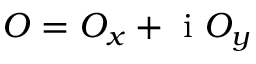
O = O _ { x } + \mathrm { ~ i ~ } O _ { y }